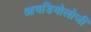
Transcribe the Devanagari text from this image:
आयडियोलोजी